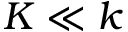
K \ll k